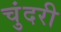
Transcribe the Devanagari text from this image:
चुंदरी